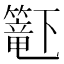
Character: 𬕹